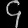
Digit: ၄